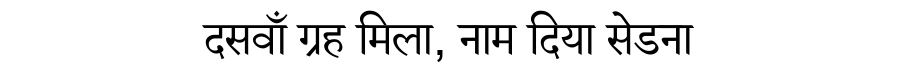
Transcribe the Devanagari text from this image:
दसवाँ ग्रह मिला, नाम दिया सेडना